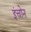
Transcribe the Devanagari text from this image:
इंचोन